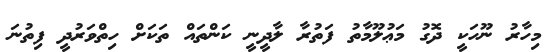
މިހާރު ނޫހަކީ ދޮގު މަޢުލޫމާތު ފަތުރާ ލާދީނީ ކަންތައް ތަކަށް ހިތްވަރުދީ ފިތުނަ